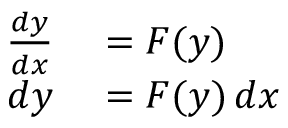
\begin{array} { r l } { { \frac { d y } { d x } } } & { { } = F ( y ) } \\ { d y } & { { } = F ( y ) \, d x } \end{array}